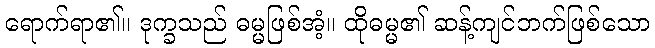
ရောက်ရာ၏။ ဒုက္ခသည် ဓမ္မဖြစ်အံ့။ ထိုဓမ္မ၏ ဆန့်ကျင်ဘက်ဖြစ်သော